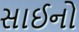
સાઈનો